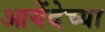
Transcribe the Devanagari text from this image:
आयेंदेच्या